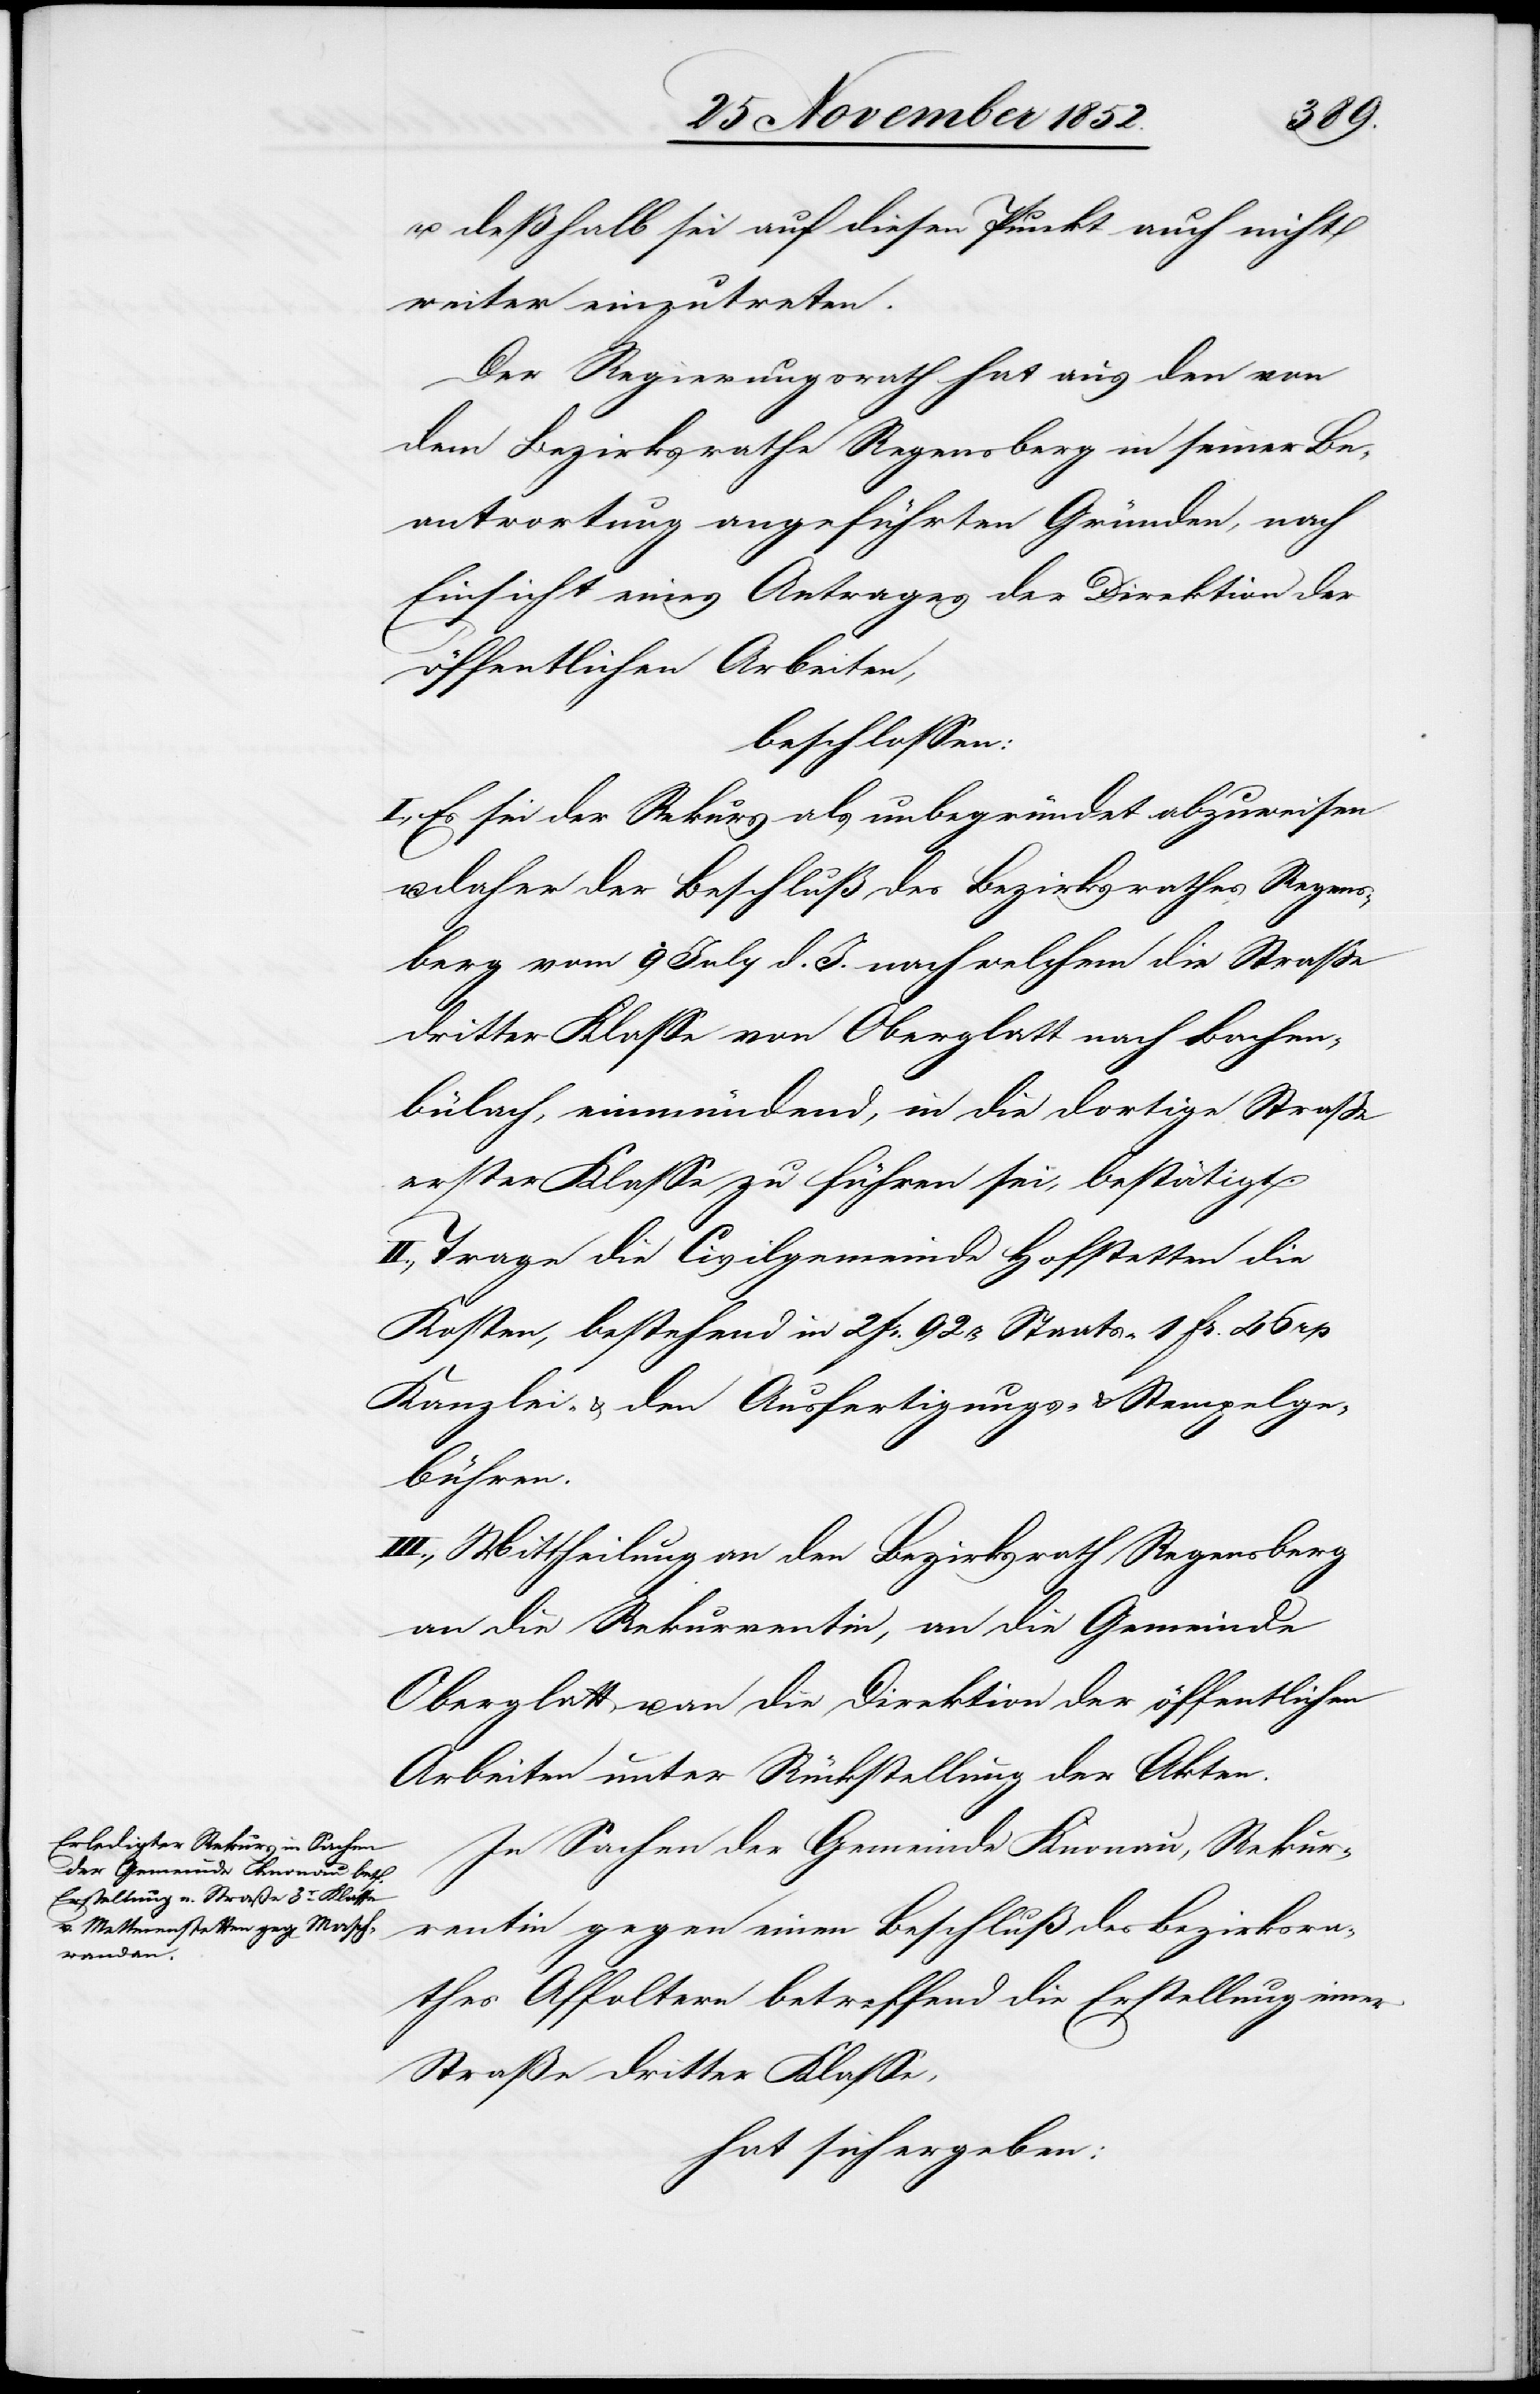
u. deßhalb sei auf diesen Punkt auch nicht
weiter einzutreten.
Der Regierungsrath hat aus den von
dem Bezirksrathe Regensberg in seiner Be¬
antwortung angeführten Gründen, nach
Einsicht eines Antrages der Direktion der
öffentlichen Arbeiten,
beschlossen:
I., Es sei der Rekurs als unbegründet abzuweisen
u. daher der Beschluß des Bezirksrathes Regens¬
berg vom 9 July d. J. nach welchem die Straße
dritter Klasse von Oberglatt nach Bachen¬
bülach, einmündend, in die dortige Straße
erster Klasse zu führen sei, bestätigt.
Trage die Civilgemeinde Hofstetten die
Kosten, bestehend in 2 Fr. 92 rp Staats-[,] 1 Fr. 46 rp
Kanzlei- & den Ausfertigungs- & Stempelge¬
bühren.
III., Mittheilung an den Bezirksrath Regensberg[,]
an die Rekurrentin, an die Gemeinde
Oberglatt u. an die Direktion der öffentlichen
Arbeiten unter Rückstellung der Akten.
In Sachen der Gemeinde Knonau, Rekur¬
rentin gegen einen Beschluß des Bezirksra¬
thes Affoltern betreffend die Erstellung einer
Straße dritter Klasse,
hat sich ergeben: